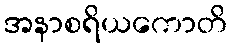
အနာစရိယကောတိ